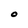
Character: o